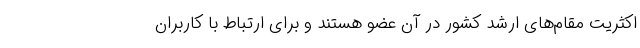
اکثریت مقام‌های ارشد کشور در آن عضو هستند و برای ارتباط با کاربران